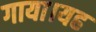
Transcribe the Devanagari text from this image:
गाया।यह